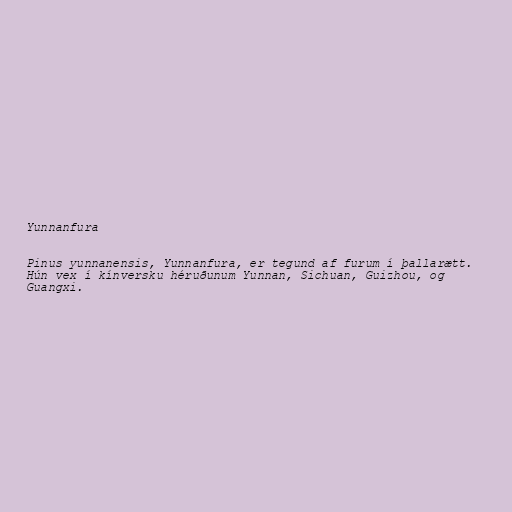
Yunnanfura

Pinus yunnanensis, Yunnanfura, er tegund af furum í þallarætt.
Hún vex í kínversku héruðunum Yunnan, Sichuan, Guizhou, og
Guangxi.